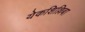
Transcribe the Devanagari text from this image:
येकशिल्लिबा